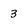
Character: 3